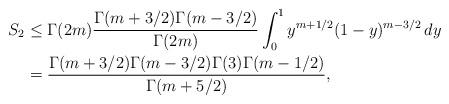
LaTeX: \begin{align*}S_2 &\le \Gamma(2m)\frac{\Gamma(m+3/2)\Gamma(m-3/2)}{\Gamma(2m)}\int_{0}^1y^{m+1/2}(1-y)^{m-3/2} \,dy \\&= \frac{\Gamma(m+3/2)\Gamma(m-3/2)\Gamma(3)\Gamma(m-1/2)}{\Gamma(m+5/2)},\end{align*}